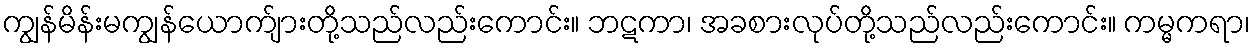
ကျွန်မိန်းမကျွန်ယောက်ျားတို့သည်လည်းကောင်း။ ဘဋကာ၊ အခစားလုပ်တို့သည်လည်းကောင်း။ ကမ္မကရာ၊